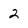
Character: 2